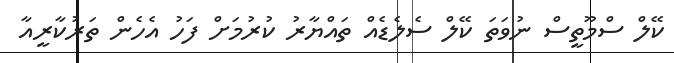
ކޭލް ސްމޫތީސް ނުވަތަ ކޭލް ސެލެޑެއް ތައްޔާރު ކުރުމަށް ފަހު އެހެން ތަރުކާރީއާ